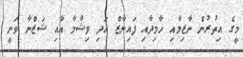
މީގެ އިތުރުން ނާޒިމާއި ހާމިދާއި ފައިނާޒް އަދި ވިޝާމާ އާއި ޝަޒްނާ ވަނީ